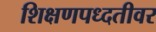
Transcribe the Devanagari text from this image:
शिक्षणपध्दतीवर